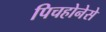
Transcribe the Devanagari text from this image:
पिचहोनेसे